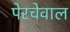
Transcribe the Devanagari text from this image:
पेरचेवाल